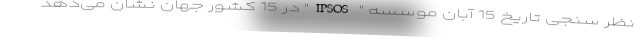
نظر سنجی تاریخ 15 آبان موسسه " IPSOS" در 15 کشور جهان نشان می‌دهد